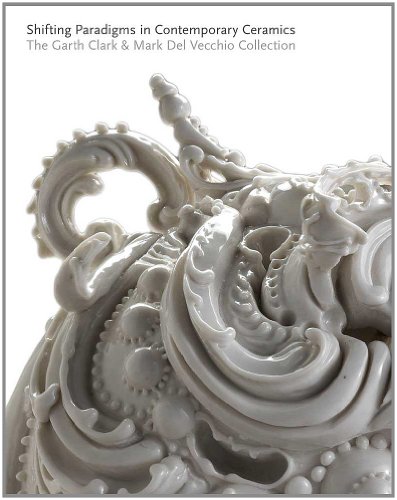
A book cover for Shifting Paradigms in Contemporary Ceramics: The Garth Clark and Mark Del Vecchio Collection (Museum of Fine Arts, Houston); Cindi Strauss; Arts & Photography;